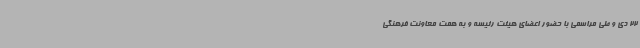
22 دی و طی مراسمی با حضور اعضای هیئت رئیسه و به همت معاونت فرهنگی